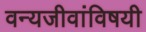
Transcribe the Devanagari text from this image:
वन्यजीवांविषयी